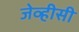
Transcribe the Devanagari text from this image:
जेव्हीसी